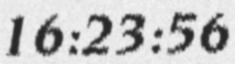
16:23:56